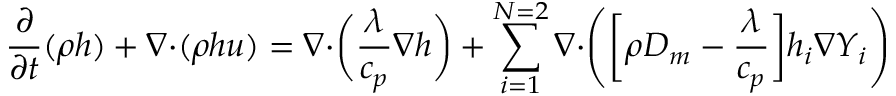
\frac { \partial } { \partial t } ( \rho h ) + \boldsymbol { \nabla \cdot } ( \rho h \boldsymbol { u } ) = \boldsymbol { \nabla \cdot } \bigg ( \frac { \lambda } { c _ { p } } \boldsymbol { \nabla } h \bigg ) + \sum _ { i = 1 } ^ { N = 2 } \boldsymbol { \nabla \cdot } \Bigg ( \bigg [ \rho D _ { m } - \frac { \lambda } { c _ { p } } \bigg ] h _ { i } \boldsymbol { \nabla } Y _ { i } \Bigg )